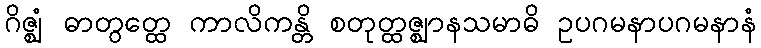
ဂိဇ္ဈံ ဓာတွတ္ထေ ကာလိကန္တိ စတုတ္ထဇ္ဈာနသမာဓိ ဥပဂမနာပဂမနာနံ